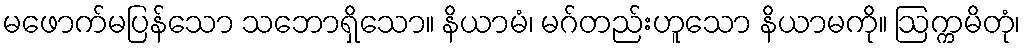
မဖောက်မပြန်သော သဘောရှိသော။ နိယာမံ၊ မဂ်တည်းဟူသော နိယာမကို။ ဩက္ကမိတုံ၊